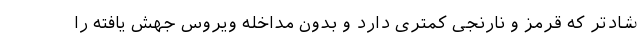
شادتر که قرمز و نارنجی کمتری دارد و بدون مداخله ویروس جهش یافته را